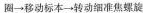
圈→移动标本→转动细准焦螺旋